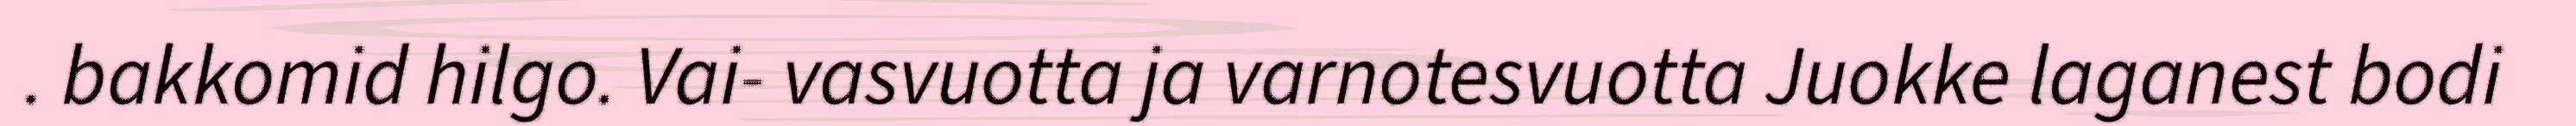
. bakkomid hilgo. Vai- vasvuotta ja varnotesvuotta Juokke laganest bodi